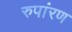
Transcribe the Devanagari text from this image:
रुपांरण